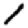
Digit: 1